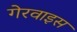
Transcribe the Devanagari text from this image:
गेरवाइस